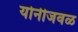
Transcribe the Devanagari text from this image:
योनीजवळ